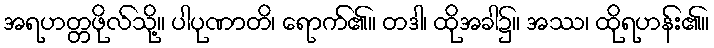
အရဟတ္တဖိုလ်သို့။ ပါပုဏာတိ၊ ရောက်၏။ တဒါ၊ ထိုအခါ၌။ အဿ၊ ထိုရဟန်း၏။